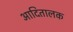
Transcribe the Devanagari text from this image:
आदितालक